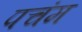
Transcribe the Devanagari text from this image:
पचंम